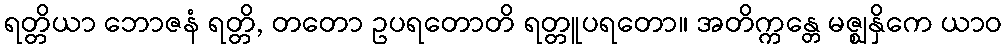
ရတ္တိယာ ဘောဇနံ ရတ္တိ, တတော ဥပရတောတိ ရတ္တူပရတော။ အတိက္ကန္တေ မဇ္ဈနှိကေ ယာဝ